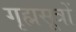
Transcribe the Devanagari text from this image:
गृह्मसूत्रों